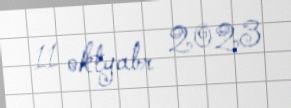
11 oktyabr 2023